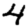
Digit: 4